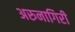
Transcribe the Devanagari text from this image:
अरुनागिरी